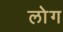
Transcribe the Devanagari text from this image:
लाेेग